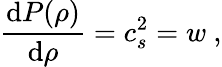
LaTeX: \frac{\mathrm{d}P(\rho)}{\mathrm{d}\rho}=c_{s}^{2}=w\ ,